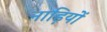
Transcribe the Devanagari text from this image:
नाड़ियों